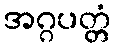
အဂ္ဂပတ္တံ